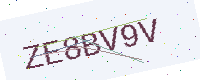
Text: ZE8BV9V